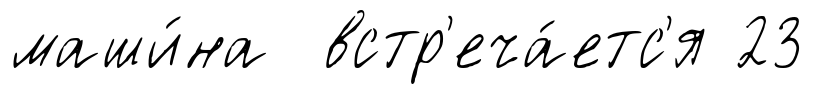
маши́на встр'еча́етс'я 23